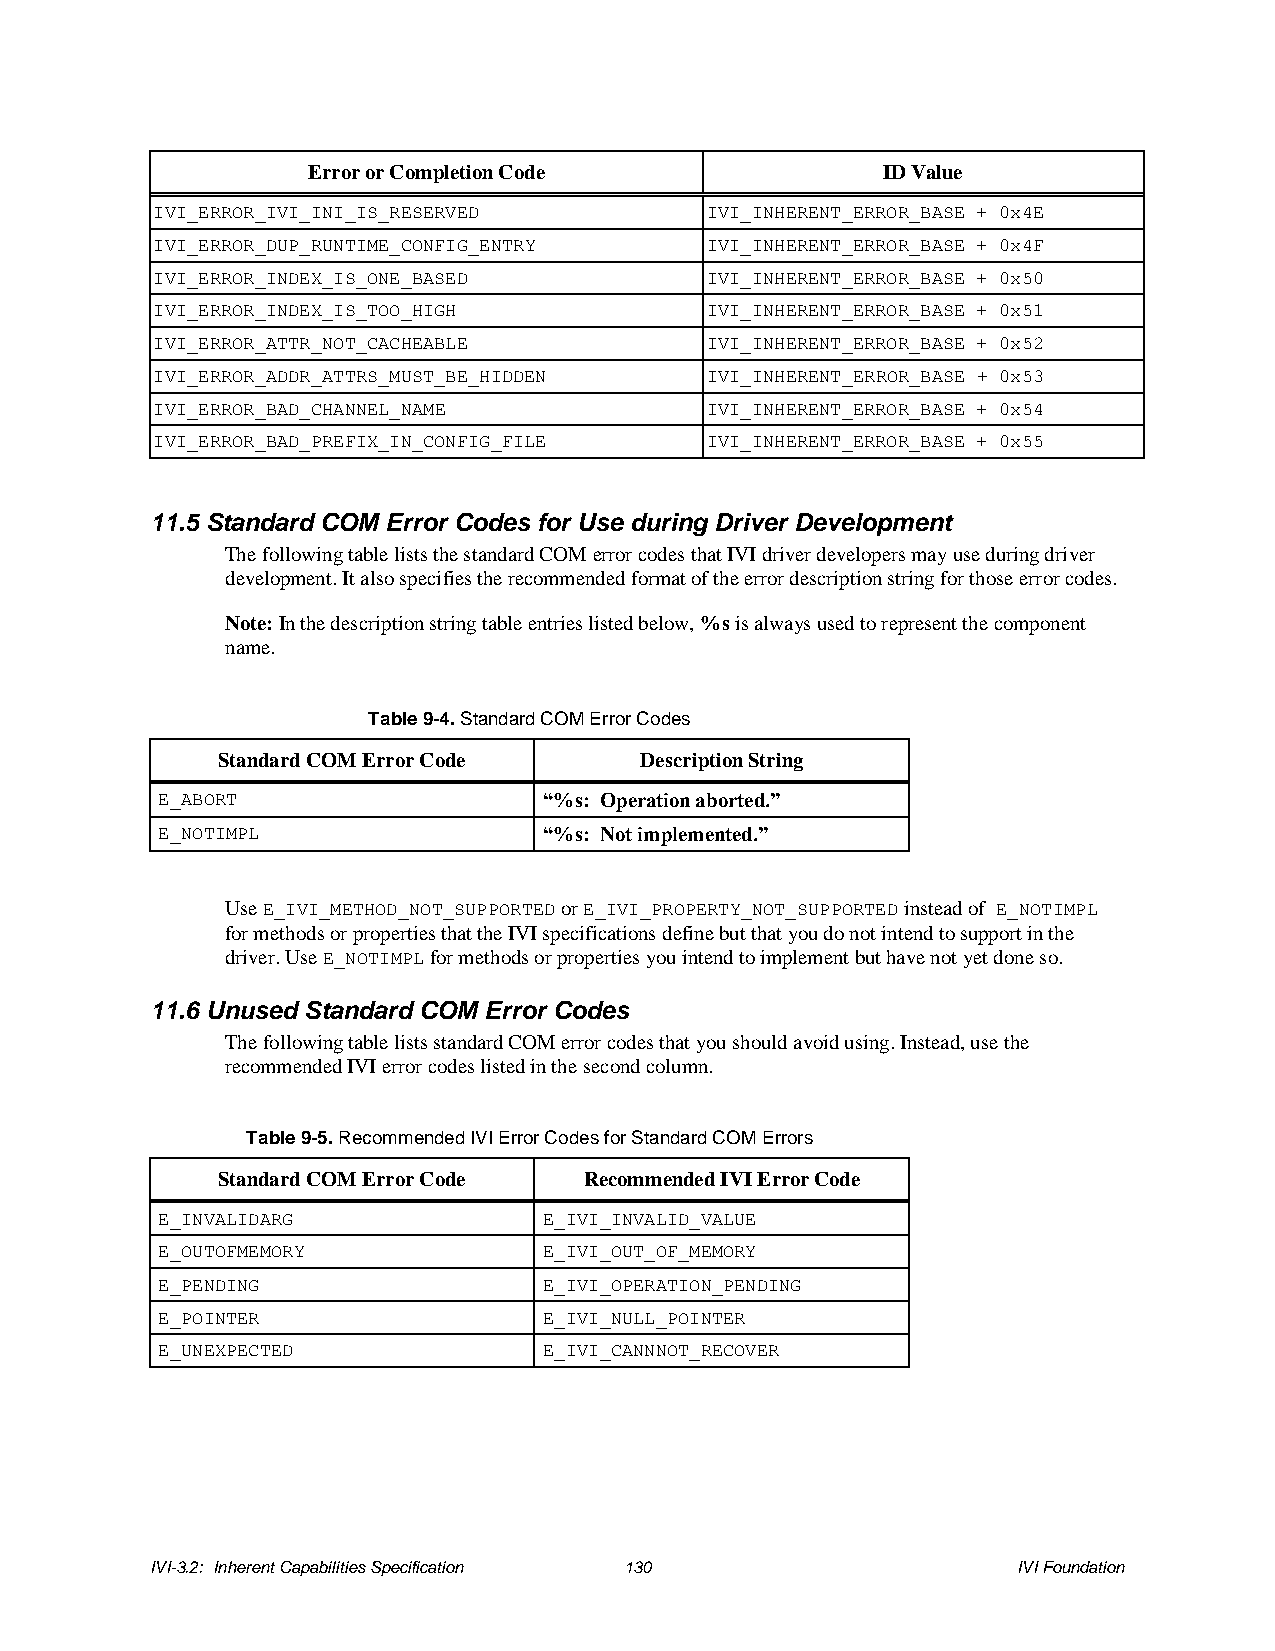
Error or Completion Code              ID Value
 IVI_ERROR_IVI_INI_IS_RESERVED        IVI_INHERENT_ERROR_BASE + 0x4E
 IVI_ERROR_DUP_RUNTIME_CONFIG_ENTRY   IVI_INHERENT_ERROR_BASE + 0x4F
 IVI_ERROR_INDEX_IS_ONE_BASED         IVI_INHERENT_ERROR_BASE + 0x50
 IVI_ERROR_INDEX_IS_TOO_HIGH          IVI_INHERENT_ERROR_BASE + 0x51
 IVI_ERROR_ATTR_NOT_CACHEABLE         IVI_INHERENT_ERROR_BASE + 0x52
 IVI_ERROR_ADDR_ATTRS_MUST_BE_HIDDEN  IVI_INHERENT_ERROR_BASE + 0x53
 IVI_ERROR_BAD_CHANNEL_NAME           IVI_INHERENT_ERROR_BASE + 0x54
 IVI_ERROR_BAD_PREFIX_IN_CONFIG_FILE  IVI_INHERENT_ERROR_BASE + 0x55
 11.5 Standard COM Error Codes for Use during Driver Development
 The following table lists the standard COM error codes that IVI driver developers may use during driver
 development. It also specifies the recommended format of the error description string for those error codes.
 Note: In the description string table entries listed below, %s is always used to represent the component
 name.
 Table 9-4. Standard COM Error Codes
 Standard COM Error Code     Description String
 E_ABORT                   “%s: Operation aborted.”
 E_NOTIMPL                 “%s: Not implemented.”
 Use E_IVI_METHOD_NOT_SUPPORTED or E_IVI_PROPERTY_NOT_SUPPORTED instead of E_NOTIMPL
 for methods or properties that the IVI specifications define but that you do not intend to support in the
 driver. Use E_NOTIMPL for methods or properties you intend to implement but have not yet done so.
 11.6 Unused Standard COM Error Codes
 The following table lists standard COM error codes that you should avoid using. Instead, use the
 recommended IVI error codes listed in the second column.
 Table 9-5. Recommended IVI Error Codes for Standard COM Errors
 Standard COM Error Code  Recommended IVI Error Code
 E_INVALIDARG              E_IVI_INVALID_VALUE
 E_OUTOFMEMORY             E_IVI_OUT_OF_MEMORY
 E_PENDING                 E_IVI_OPERATION_PENDING
 E_POINTER                 E_IVI_NULL_POINTER
 E_UNEXPECTED              E_IVI_CANNNOT_RECOVER
 IVI-3.2: Inherent Capabilities Specification 130         IVI Foundation